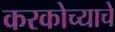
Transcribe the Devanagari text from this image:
करकोच्याचे